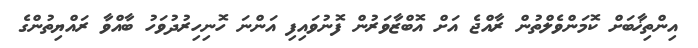
އިންތިޚާބަށް ކޮމަންވެލްތުން ރާއްޖެ އަށް އޮބްޒާވަރުން ފޮނުވައިފި އަންނަ ހޮނިހިރުދުވަހު ބާއްވާ ރައްޔިތުންގެ